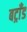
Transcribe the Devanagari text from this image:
बट्राँड